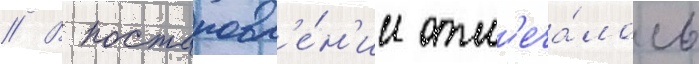
// В постановл'е́н'ии отм'еча́лось